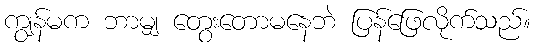
ကျွန်မက ဘာမျှ တွေးတောမနေဘဲ ပြန်ဖြေလိုက်သည်။